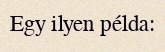
Egy ilyen példa: